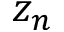
z _ { n }